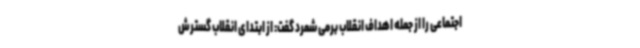
اجتماعی را از جمله اهداف انقلاب برمی شمرد گفت: از ابتدای انقلاب گسترش